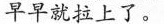
早早就拉上了。